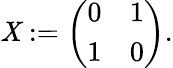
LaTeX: \mathit{X}:={\left(\begin{array}{ll}{0}&{1}\\ {1}&{0}\end{array}\right)}.